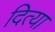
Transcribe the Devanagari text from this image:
दित्या